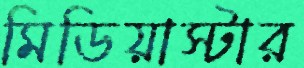
মিডিয়াস্টার